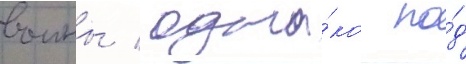
воины / одна́ко по́д